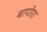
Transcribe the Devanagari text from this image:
बापोरा